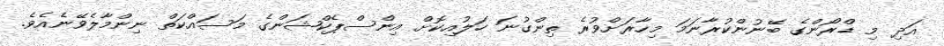
އަދި މި ޑްރޯންގެ ބޭނުންކުރާނަމަ މިހާރަށްވުރެ ތިންގުނަ ހަލުއިކޮށް އިންސްޕެކްޝަންގެ މަސައްކަތް ނިންމާލެވޭނެއެވެ.